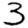
Digit: 3